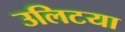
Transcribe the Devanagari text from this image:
उलिटया